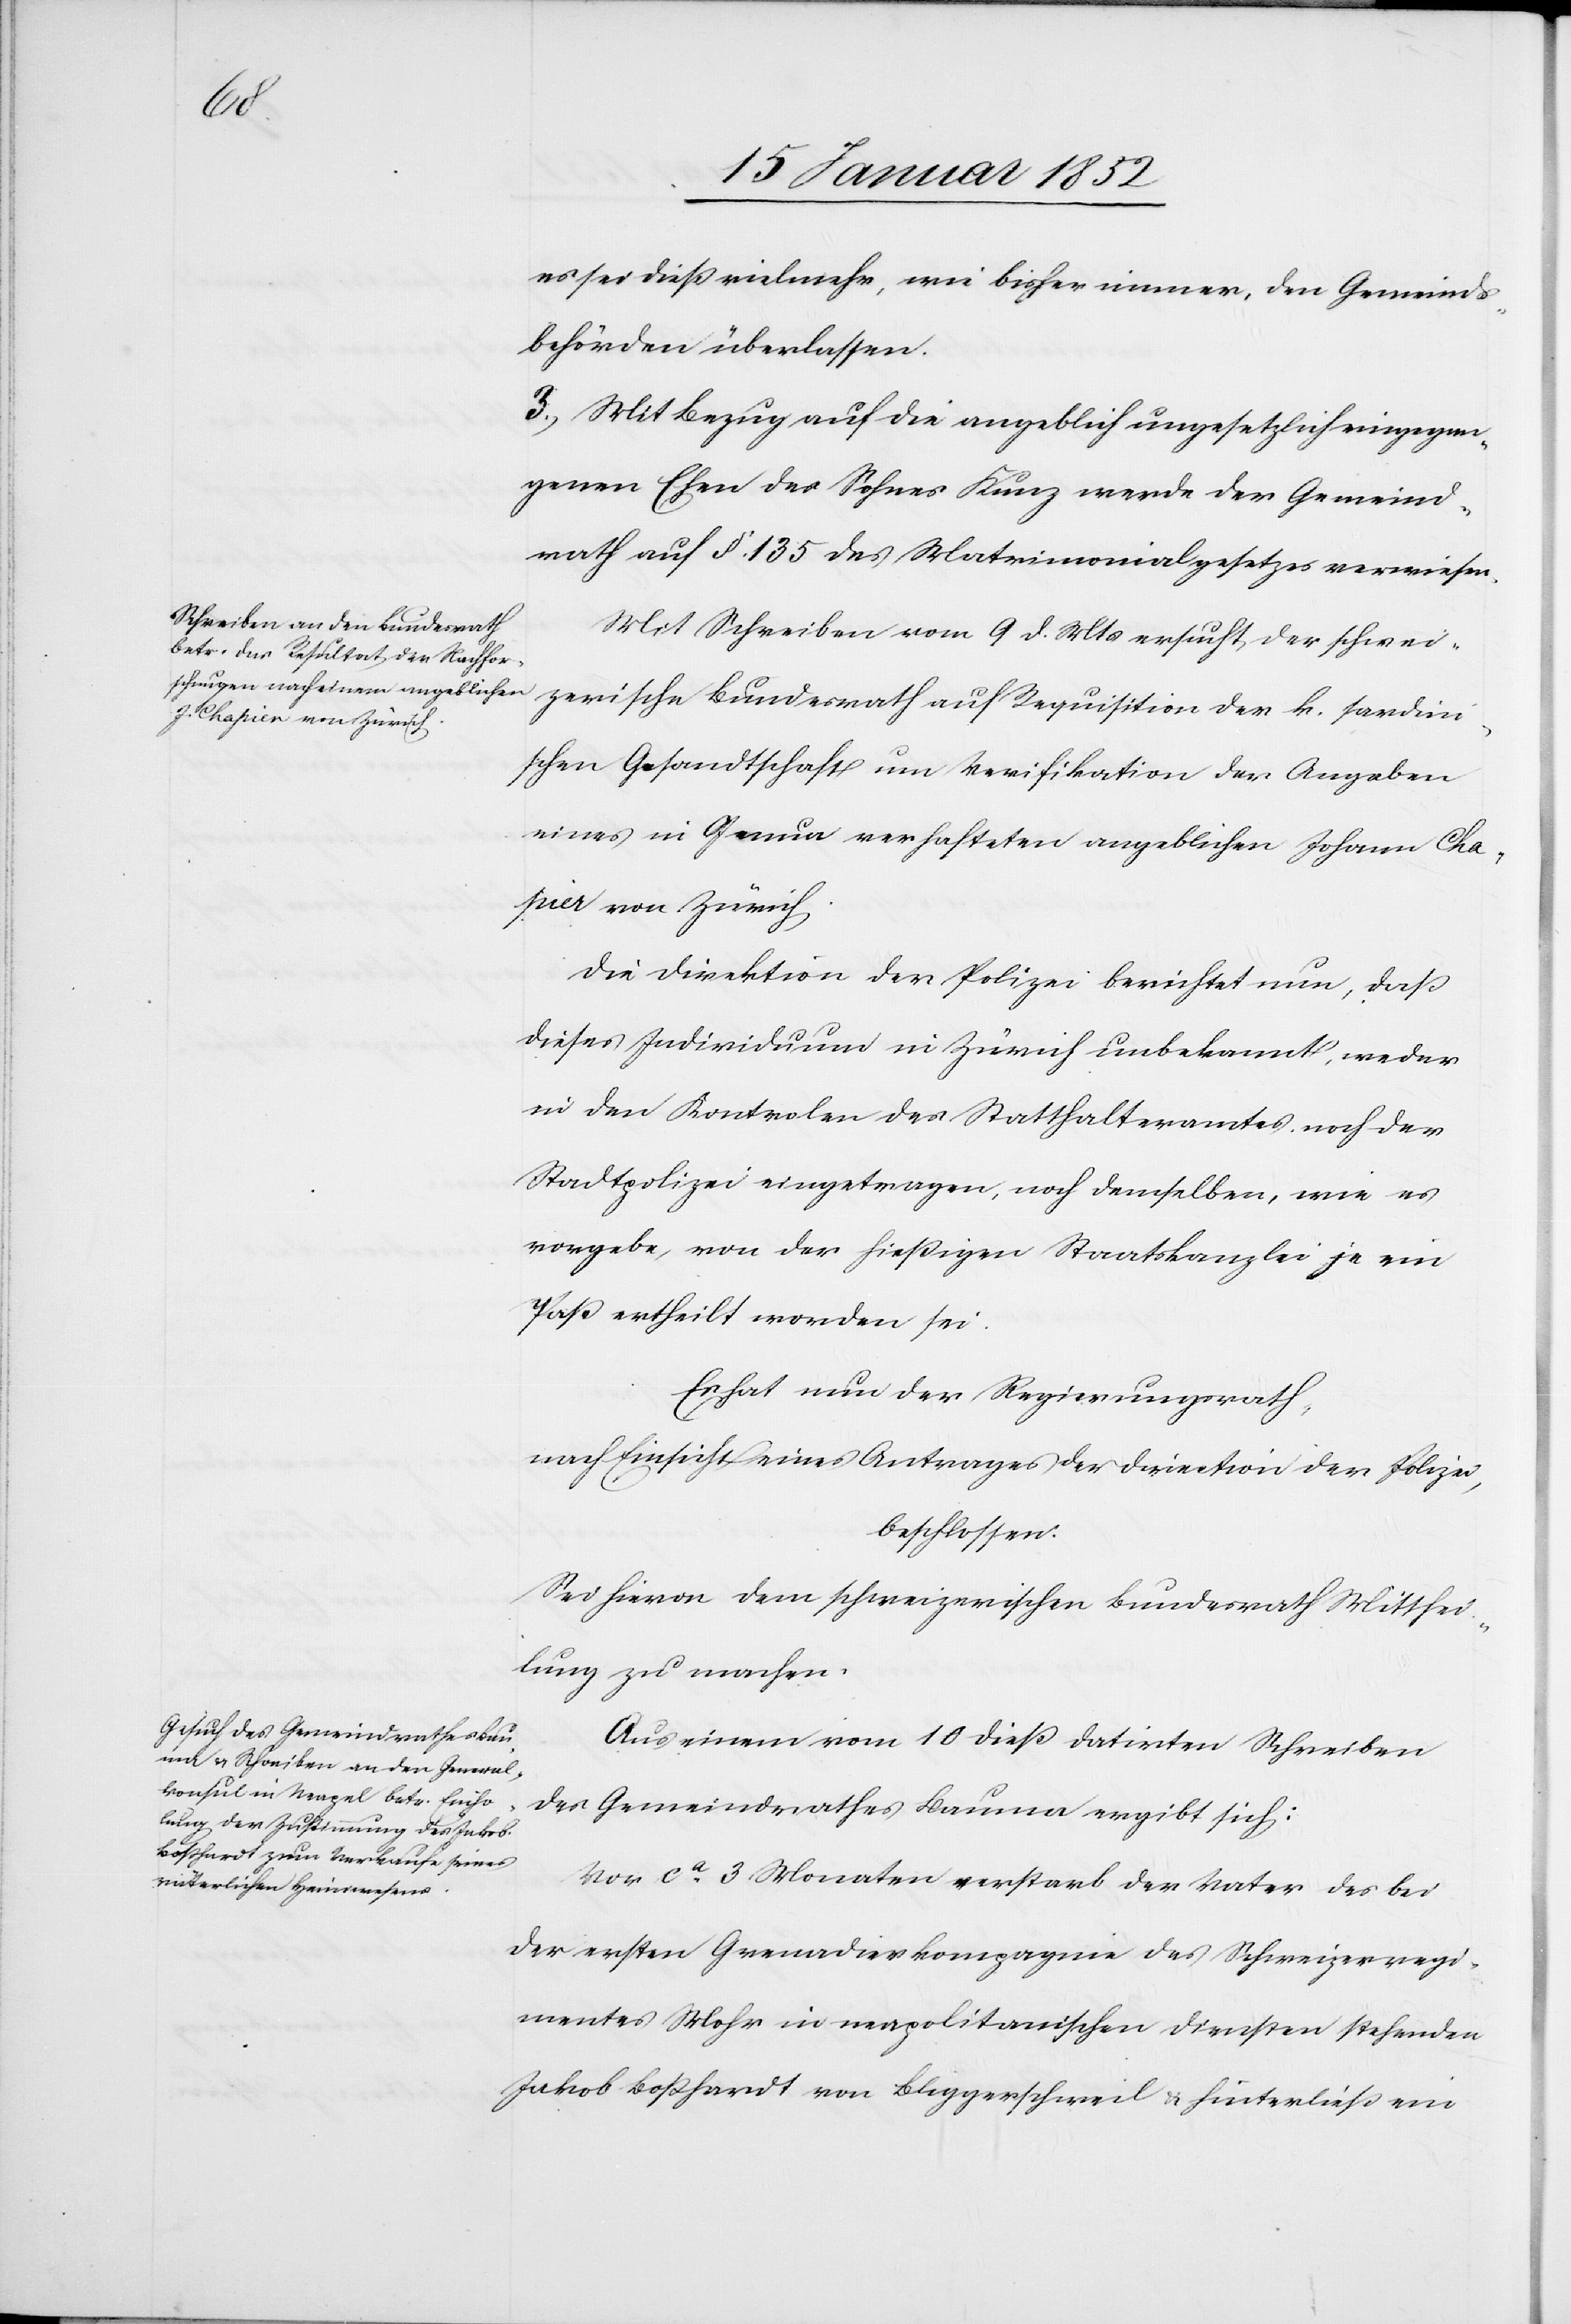
es sei dieß vielmehr, wie bisher immer, den Gemeinds¬
behörden überlassen.
3.) Mit Bezug auf die angeblich ungesetzlich eingegan¬
genen Ehen des Sohnes Kunz werde der Gemeind¬
rath auf §. 135. des Matrimonialgesetzes verwiesen.
Mit Schreiben vom 9 d. Mts ersucht der schwei¬
zerische Bundesrath auf Requisition der H. sardin¬
ischen Gesandtschaft um Verifikation der Angaben
eines in Genua verhafteten angeblichen Johann C¬
hapier von Zürich.
Die Direktion der Polizei berichtet nun, daß
dieses Individuum in Zürich unbekannt, weder
in der Kontrole des Statthalteramtes noch der
Stadtpolizei eingetragen, noch demselben, wie es
vorgebe, von der hießigen Staatskanzlei je ein
Paß ertheilt worden sei.
Es hat der Regierungsrath,
nach Einsicht eines Antrages der Direction der Polizei,
beschlossen.
Sei hievon dem schweizerischen Bundesrath Mitthei¬
lung zu machen.
Aus einem vom 10 dieß datirten Schreiben
des Gemeindrathes Bauma ergibt sich:
Vor ca 3 Monaten verstarb der Vater des bei
der ersten Grenadierkompagnie des Schweizerregi¬
mentes Mohr in neapolitanischen Diensten stehenden
Jakob Boßhardt von Bliggerschweil u. hinterließ ein